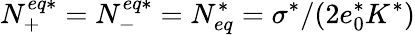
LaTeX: N_{+}^{eq*}=N_{-}^{eq*}=N_{eq}^{*}=\sigma^{*}/(2e_{0}^{*}K^{*})